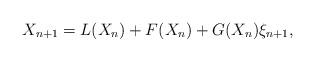
LaTeX: \begin{align*}X_{n+1} = L(X_n) + F(X_n) + G(X_n)\xi_{n+1},\end{align*}